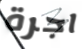
اجرة